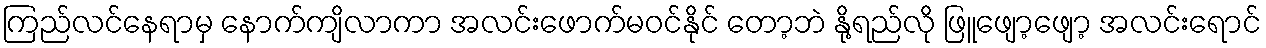
ကြည်လင်နေရာမှ နောက်ကျိလာကာ အလင်းဖောက်မဝင်နိုင် တော့ဘဲ နို့ရည်လို ဖြူဖျော့ဖျော့ အလင်းရောင်